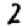
Digit: 2